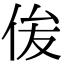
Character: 㑓